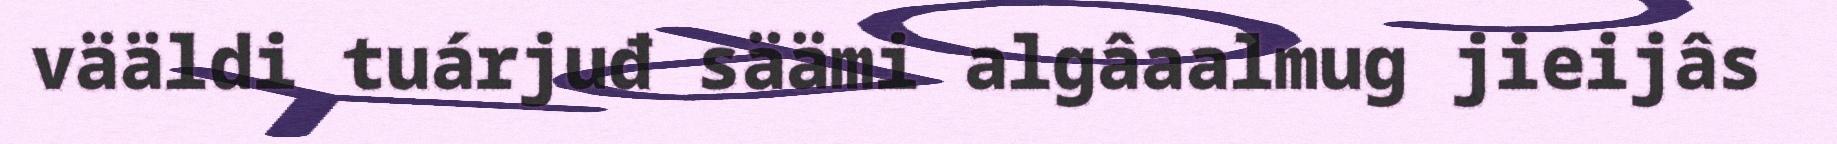
vääldi tuárjuđ säämi algâaalmug jieijâs